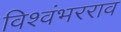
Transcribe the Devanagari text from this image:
विश्वंभरराव